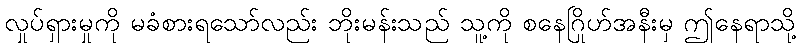
လှုပ်ရှားမှုကို မခံစားရသော်လည်း ဘိုးမန်းသည် သူ့ကို စနေဂြိုဟ်အနီးမှ ဤနေရာသို့